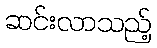
ဆင်းလာသည့်